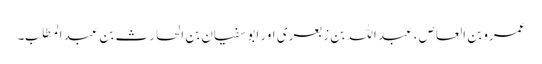
عمرو بن العاص، عبد اللہ بن زبعری اور ابو سفیان بن الحارث بن عبد المطلب۔